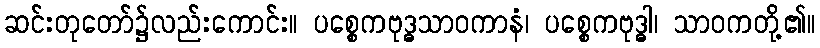
ဆင်းတုတော်၌လည်းကောင်း။ ပစ္စေကဗုဒ္ဓသာဝကာနံ၊ ပစ္စေကဗုဒ္ဓါ၊ သာဝကတို့၏။